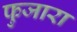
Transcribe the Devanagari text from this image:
फुजारा